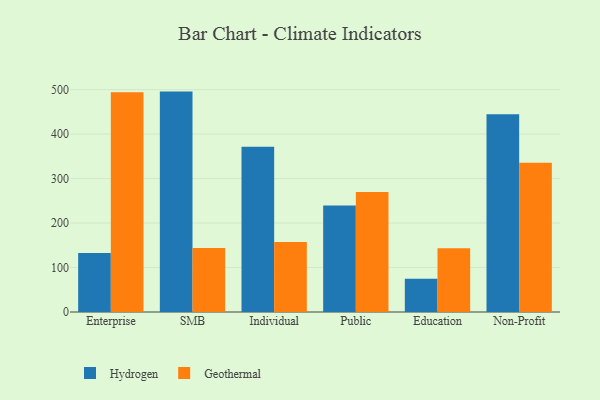
{"axis": {"x": "Segment", "y": "Production Output"}, "legend": ["Geothermal", "Hydrogen"], "data": [{"x": "Enterprise", "y": 132.8, "type": "Hydrogen"}, {"x": "Enterprise", "y": 493.9, "type": "Geothermal"}, {"x": "SMB", "y": 495.5, "type": "Hydrogen"}, {"x": "SMB", "y": 144.0, "type": "Geothermal"}, {"x": "Individual", "y": 371.6, "type": "Hydrogen"}, {"x": "Individual", "y": 157.1, "type": "Geothermal"}, {"x": "Public", "y": 239.7, "type": "Hydrogen"}, {"x": "Public", "y": 270.0, "type": "Geothermal"}, {"x": "Education", "y": 74.6, "type": "Hydrogen"}, {"x": "Education", "y": 143.5, "type": "Geothermal"}, {"x": "Non-Profit", "y": 444.7, "type": "Hydrogen"}, {"x": "Non-Profit", "y": 335.6, "type": "Geothermal"}]}